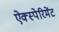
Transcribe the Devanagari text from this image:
ऐक्स्पेरिमेंट